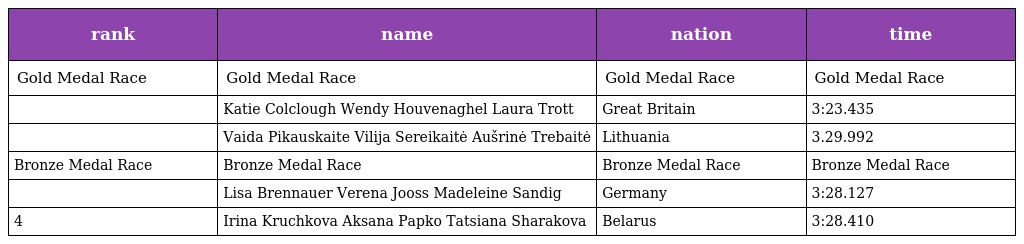
| rank | name | nation | time |
 | --- | --- | --- | --- |
 | Gold Medal Race | Gold Medal Race | Gold Medal Race | Gold Medal Race |
 |  | Katie Colclough Wendy Houvenaghel Laura Trott | Great Britain | 3:23.435 |
 |  | Vaida Pikauskaite Vilija Sereikaitė Aušrinė Trebaitė | Lithuania | 3.29.992 |
 | Bronze Medal Race | Bronze Medal Race | Bronze Medal Race | Bronze Medal Race |
 |  | Lisa Brennauer Verena Jooss Madeleine Sandig | Germany | 3:28.127 |
 | 4 | Irina Kruchkova Aksana Papko Tatsiana Sharakova | Belarus | 3:28.410 |